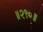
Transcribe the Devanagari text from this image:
॥२९०॥